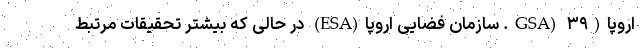
اروپا(GSA) ۳۹. سازمان فضایی اروپا(ESA) در حالی که بیشتر تحقیقات مرتبط